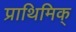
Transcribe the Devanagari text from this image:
प्राथिमिक्